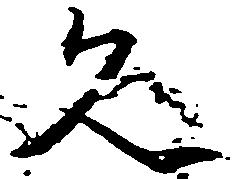
久